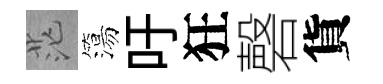
茫簜吁狂磬貨